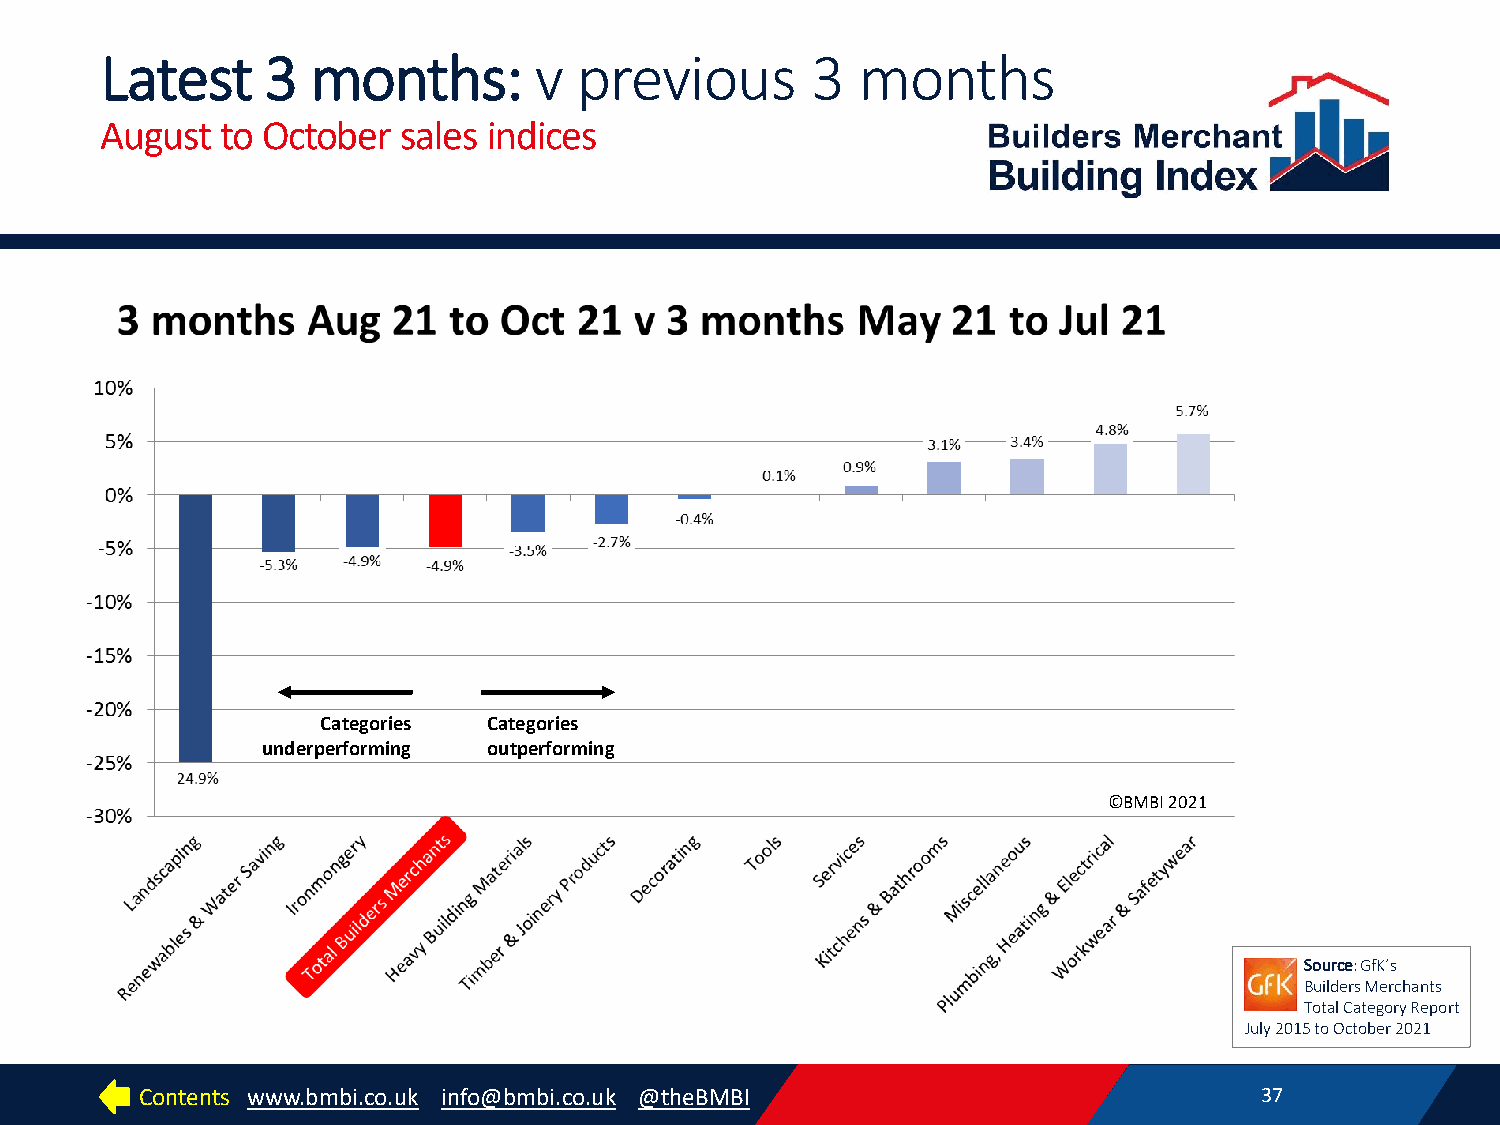
Latest     3  months:       v  previous        3  months
 August  to October  sales indices
 Categories Categories
 underperforming outperforming
 ©BMBI 2021
 Source: GfK’s
 Builders Merchants
 Total Category Report
 July 2015 to October 2021
 Contents www.bmbi.co.uk info@bmbi.co.uk @theBMBI                          37